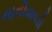
નાનીવાવડી